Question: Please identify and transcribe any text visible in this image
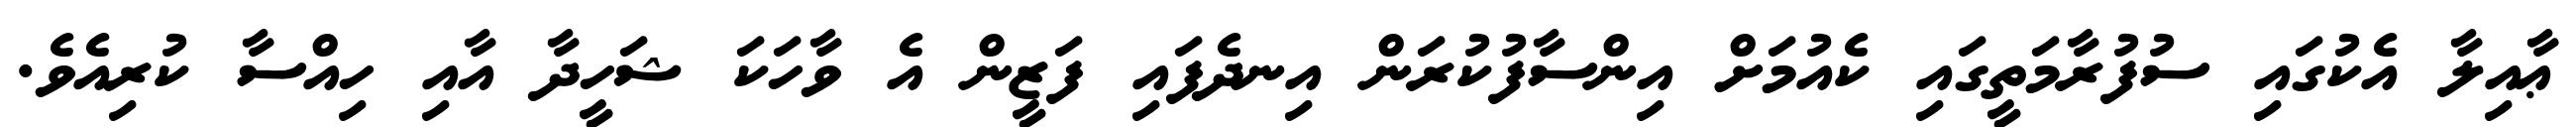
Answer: ޢާއިލާ އެކުގައި ސުފުރާމަތީގައި ކެއުމަށް އިންސާފުކުރަން އިނދެފައި ފަޒީން އެ ވާހަކަ ޝަހީދާ އާއި ހިއްސާ ކުރިއެވެ.